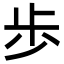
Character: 歩